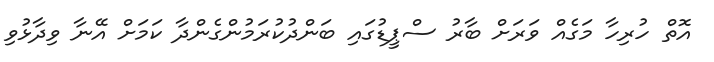
އޮތް ހުރިހާ މަގެއް ވަރަށް ބާރު ސްޕީޑުގައި ބަންދުކުރަމުންގެންދާ ކަމަށް އޭނާ ވިދާޅުވި